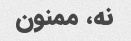
نه، ممنون